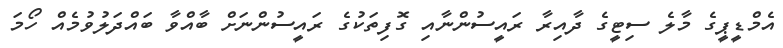
އެމްޑީޕީގެ މާލެ ސިޓީގެ ދާއިރާ ރައީސުންނާއި ގޮފިތަކުގެ ރައީސުންނަށް ބާއްވާ ބައްދަލުވުމެއް ހޯމަ